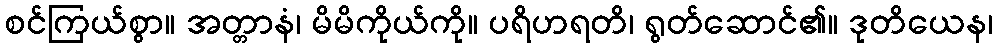
စင်ကြယ်စွာ။ အတ္တာနံ၊ မိမိကိုယ်ကို။ ပရိဟရတိ၊ ရွတ်ဆောင်၏။ ဒုတိယေန၊